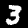
Digit: 3